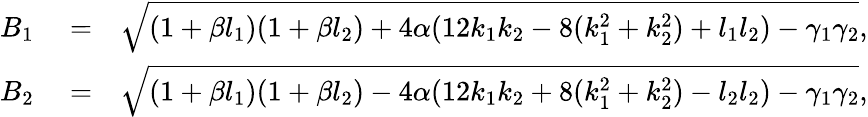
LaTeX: \begin{array}{rlr}{B_{1}}&{{}=}&{\sqrt{(1+\beta l_{1})(1+\beta l_{2})+4\alpha(12k_{1}k_{2}-8(k_{1}^{2}+k_{2}^{2})+l_{1}l_{2})-\gamma_{1}\gamma_{2}},}\\ {B_{2}}&{{}=}&{\sqrt{(1+\beta l_{1})(1+\beta l_{2})-4\alpha(12k_{1}k_{2}+8(k_{1}^{2}+k_{2}^{2})-l_{2}l_{2})-\gamma_{1}\gamma_{2}},}\end{array}